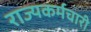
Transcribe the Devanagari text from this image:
राज्यकर्मचारी